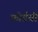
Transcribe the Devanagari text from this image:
फोर्डची